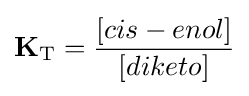
{\mathbf {K} }_{\mathrm {T} }={\frac {[cis-enol]}{[diketo]}}